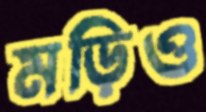
মড়িও